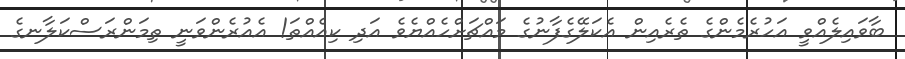
ބާވައިލެއްވީ އަހުރެމެންގެ ތެރެއިން އެކަލޭގެފާނުގެ މައްޗަށްހެއްޔެވެ އަދި ކިއެއްތަ! އެއުރެންވަނީ ތިމަންރަސްކަލާނގެ